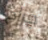
جراح